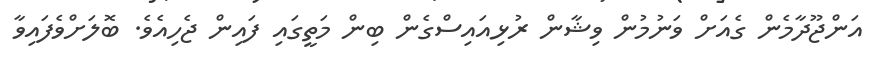
އަންޖޫދާމެން ގެއަށް ވަނުމުން ވިޝާން ރުޅިއައިސްގެން ބިން މަތީގައި ފައިން ޖެހިއެވެ. ބޮލަށްވެފައިވާ